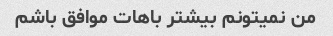
من نمیتونم بیشتر باهات موافق باشم